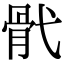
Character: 骮